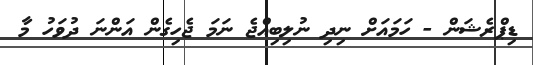
ޑިޕްރެޝަން - ހަމައަށް ނިދި ނުލިބިއްޖެ ނަމަ ޖެހިގެން އަންނަ ދުވަހު މާ